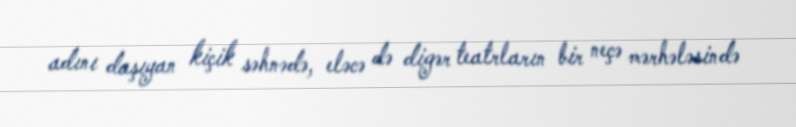
adını daşıyan kiçik səhnədə, eləcə də digər teatrların bir neçə mərhələsində